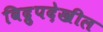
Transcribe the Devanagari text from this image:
विद्रुपदेखील